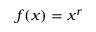
f ( x ) = x ^ { r }